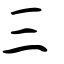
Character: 弎